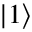
| 1 \rangle